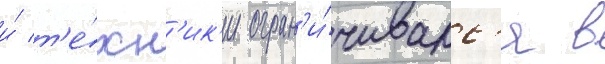
и́ т'е́хн'ик'и огран'и́чивалс'я в